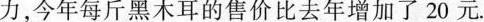
力，今年每斤黑木耳的售价比去年增加了20元。